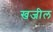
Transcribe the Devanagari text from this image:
खजील